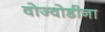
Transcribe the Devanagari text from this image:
वोज्वोडीना